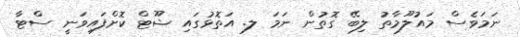
ނަމަވެސް މައުލޫމާތު ލިބޭ ގޮތުން ނަމަ ލ. އަތޮޅުގައި ޝޫޓް ކޮށްފައިވަނީ ސްޓާ